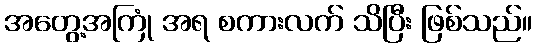
အတွေ့အကြုံ အရ စကားလက် သိပြီး ဖြစ်သည်။